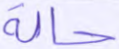
حالة